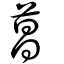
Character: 菖